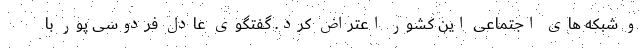
و شبکه های اجتماعی این کشور اعتراض کرد. گفتگوی عادل فردوسی پور با